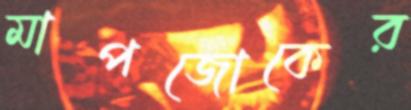
মাপজোকের